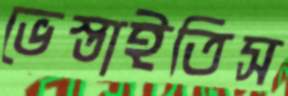
ভেস্তাইতিস